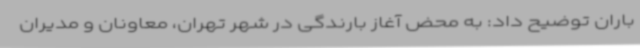
باران توضیح داد: به محض آغاز بارندگی در شهر تهران، معاونان و مدیران